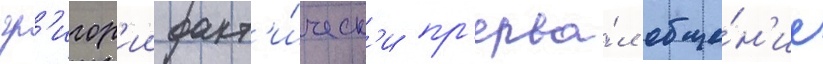
гр'игор'ии факт'и́ческ'и пр'ерва́л обще́н'ие